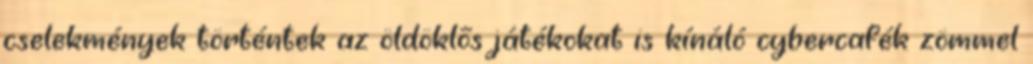
cselekmények történtek az öldöklős játékokat is kínáló cybercafék zömmel